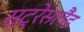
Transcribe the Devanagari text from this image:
स्ट्रेसलैंड